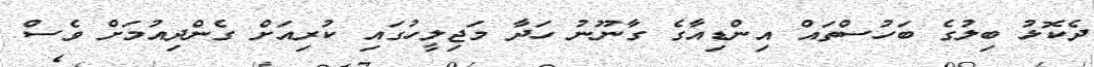
ދެކޮޅު ބިލުގެ ބަހުސްތައް އިންޑިއާގެ ގާނޫނު ހަދާ މަޖިލީހުގައި ކުރިއަށް ގެންދިއުމަށް ވެސް